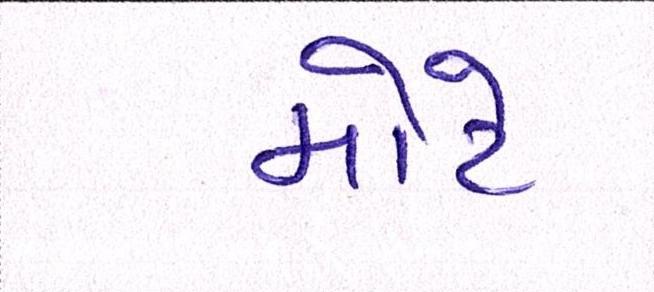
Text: મોટે